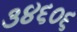
૩૪૬૦૬